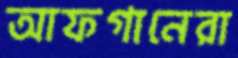
আফগানেরা